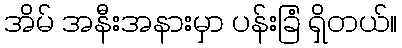
အိမ် အနီးအနားမှာ ပန်းခြံ ရှိတယ်။